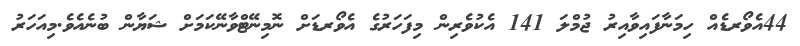
44އެވޯރޑެއް ހިމަނާފައިވާއިރު ޖުމްލަ 141 އެކުވެރިން މިފަހަރުގެ އެވޯރޑަށް ނޮމިނޭޓްވާނޭކަމަށް ޝަޔާން ބުނެއެވެ.މިއަހަރު